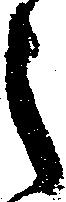
之